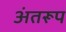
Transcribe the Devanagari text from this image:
अंतरूप